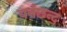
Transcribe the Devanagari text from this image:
वर्नछन्द